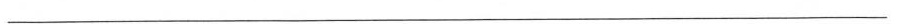
___